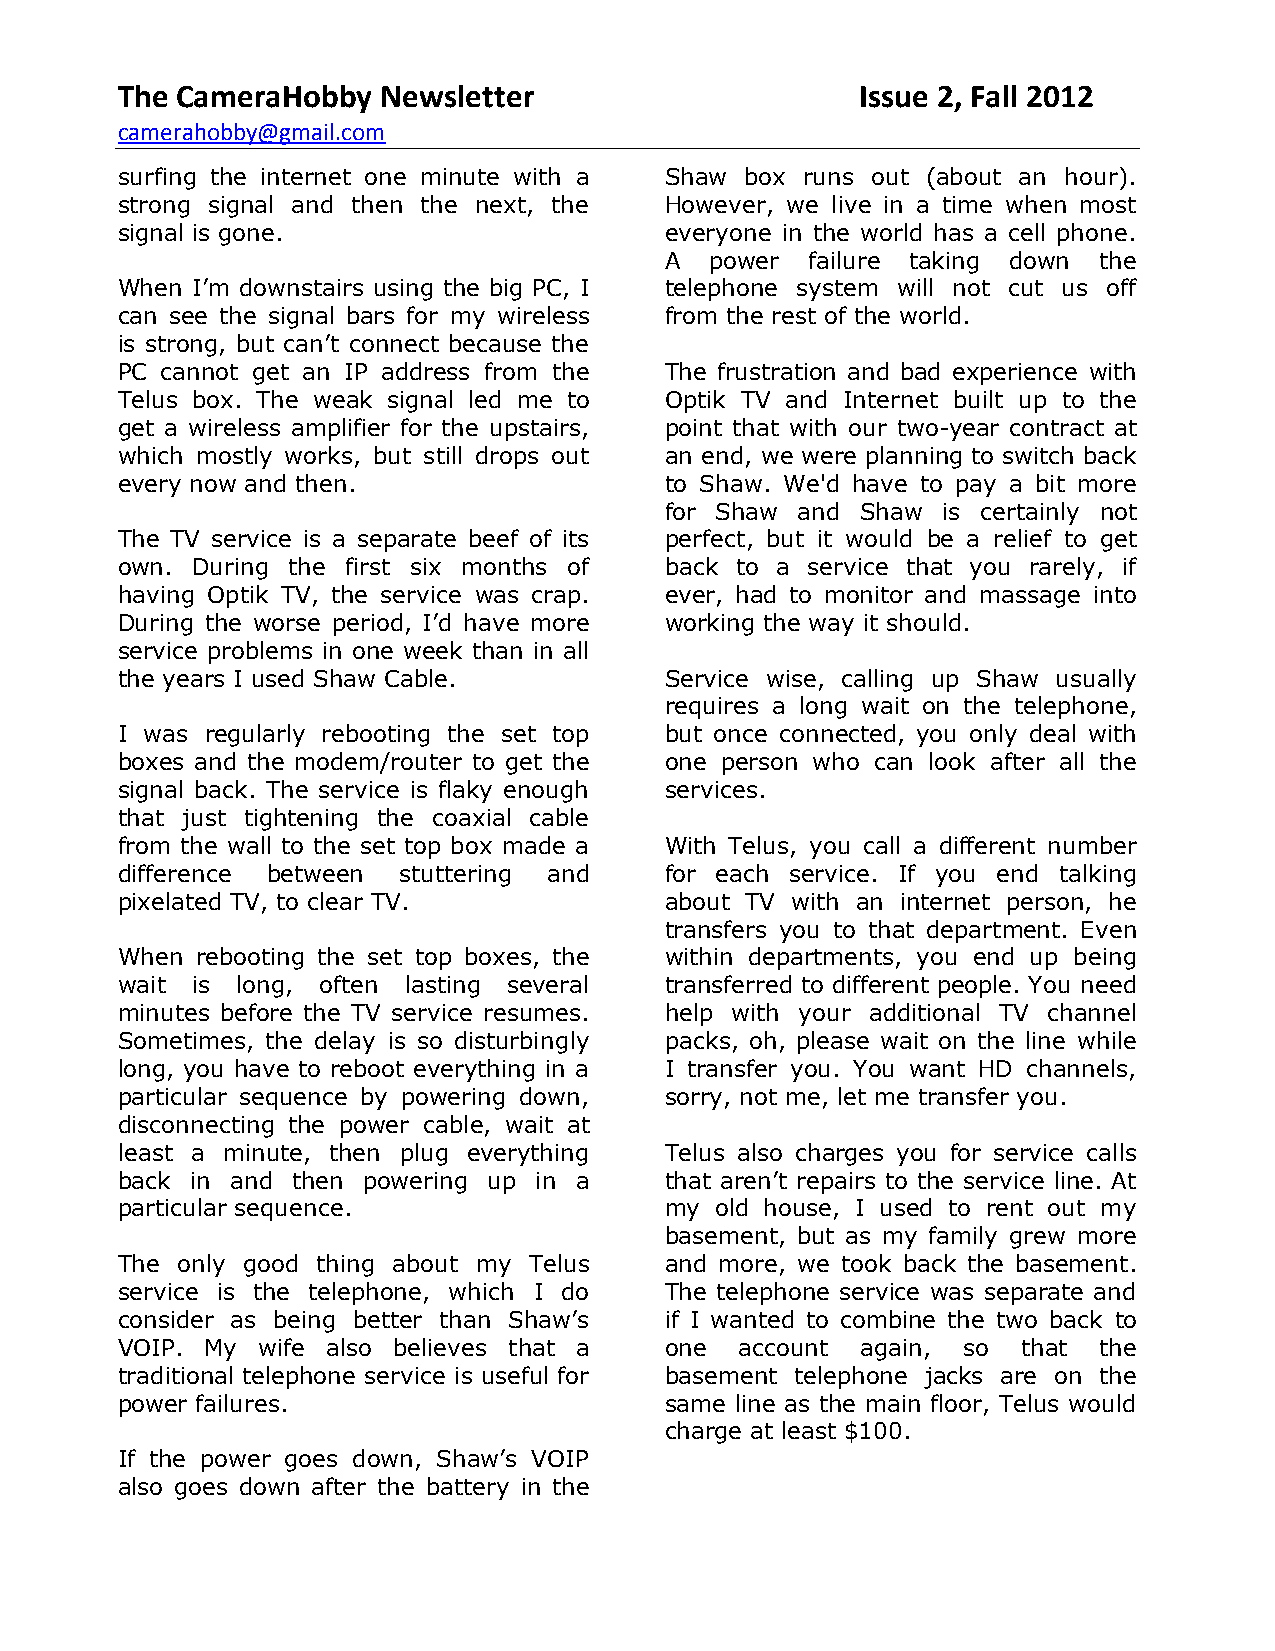
The CameraHobby  Newsletter                      Issue 2, Fall 2012
 camerahobby@gmail.com
 surfing the internet one minute with a Shaw box runs out (about an hour).
 strong signal and then the next, the However, we live in a time when most
 signal is gone.                     everyone in the world has a cell phone.
 A  power  failure taking down the
 When I’m downstairs using the big PC, I telephone system will not cut us off
 can see the signal bars for my wireless from the rest of the world.
 is strong, but can’t connect because the
 PC cannot get an IP address from the The frustration and bad experience with
 Telus box. The weak signal led me to Optik TV and Internet built up to the
 get a wireless amplifier for the upstairs, point that with our two-year contract at
 which mostly works, but still drops out an end, we were planning to switch back
 every now and then.                 to Shaw. We'd have to pay a bit more
 for Shaw and Shaw is certainly not
 The TV service is a separate beef of its perfect, but it would be a relief to get
 own. During the first six months of back to a service that you rarely, if
 having Optik TV, the service was crap. ever, had to monitor and massage into
 During the worse period, I’d have more working the way it should.
 service problems in one week than in all
 the years I used Shaw Cable.        Service wise, calling up Shaw usually
 requires a long wait on the telephone,
 I was regularly rebooting the set top but once connected, you only deal with
 boxes and the modem/router to get the one person who can look after all the
 signal back. The service is flaky enough services.
 that just tightening the coaxial cable
 from the wall to the set top box made a With Telus, you call a different number
 difference between stuttering and   for each service. If you end talking
 pixelated TV, to clear TV.          about TV with an internet person, he
 transfers you to that department. Even
 When rebooting the set top boxes, the within departments, you end up being
 wait is long, often lasting several transferred to different people. You need
 minutes before the TV service resumes. help with your additional TV channel
 Sometimes, the delay is so disturbingly packs, oh, please wait on the line while
 long, you have to reboot everything in a I transfer you. You want HD channels,
 particular sequence by powering down, sorry, not me, let me transfer you.
 disconnecting the power cable, wait at
 least a minute, then plug everything Telus also charges you for service calls
 back in and then powering up in a   that aren’t repairs to the service line. At
 particular sequence.                my old house, I used to rent out my
 basement, but as my family grew more
 The only good thing about my Telus  and more, we took back the basement.
 service is the telephone, which I do The telephone service was separate and
 consider as being better than Shaw’s if I wanted to combine the two back to
 VOIP. My wife also believes that a  one  account again, so  that the
 traditional telephone service is useful for basement telephone jacks are on the
 power failures.                     same line as the main floor, Telus would
 charge at least $100.
 If the power goes down, Shaw’s VOIP
 also goes down after the battery in the